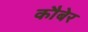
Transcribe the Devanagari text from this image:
कौबेर